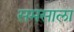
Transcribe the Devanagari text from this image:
समसाला